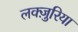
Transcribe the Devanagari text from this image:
लक्ज़ुरिया